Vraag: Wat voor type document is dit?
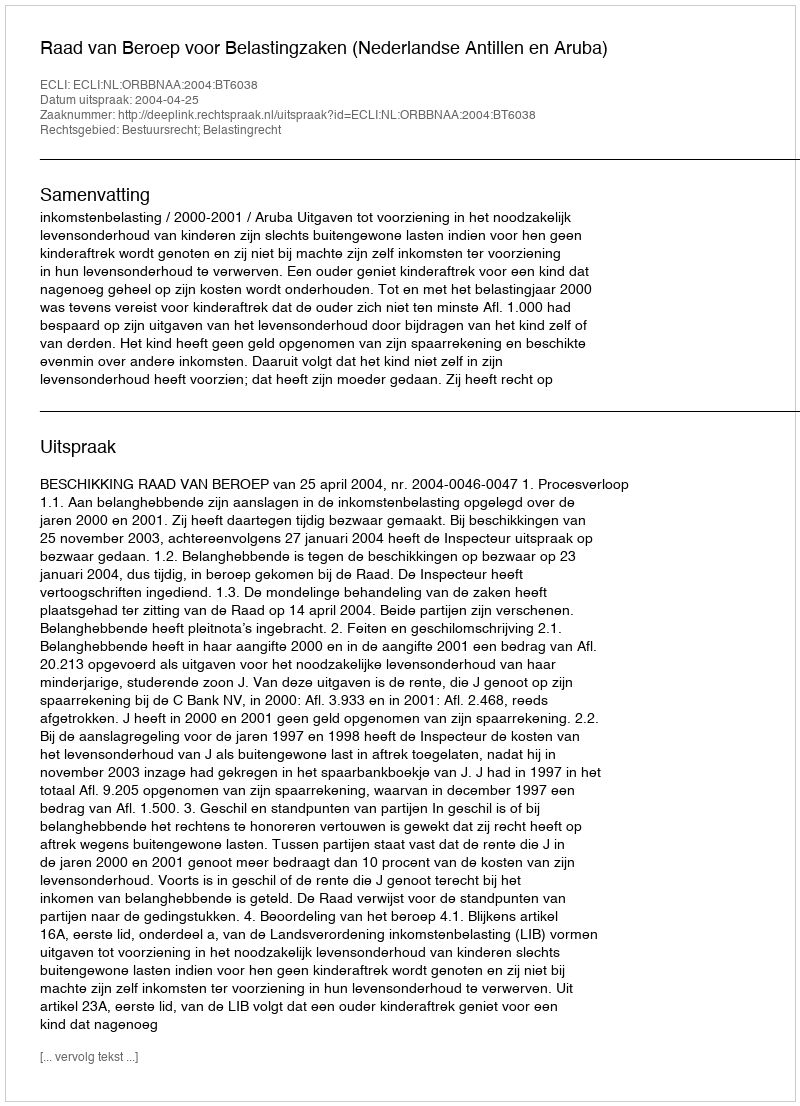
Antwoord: Uitspraak